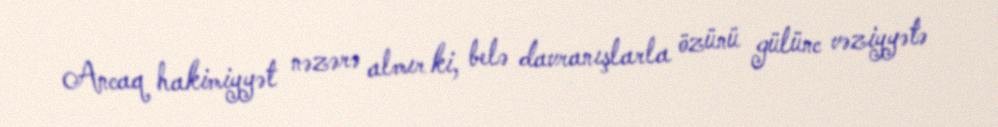
Ancaq hakimiyyət nəzərə almır ki, belə davranışlarla özünü gülünc vəziyyətə